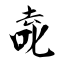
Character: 唟